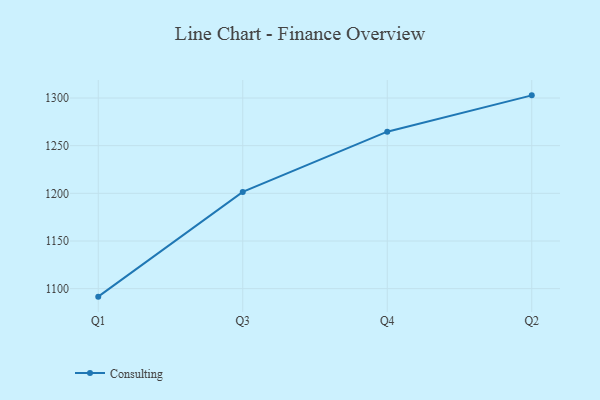
{"axis": {"x": "Quarter", "y": "Revenue (USD Million)"}, "legend": ["Consulting"], "data": [{"x": "Q1", "y": 1091.6, "type": "Consulting"}, {"x": "Q3", "y": 1201.5, "type": "Consulting"}, {"x": "Q4", "y": 1264.7, "type": "Consulting"}, {"x": "Q2", "y": 1302.8, "type": "Consulting"}]}